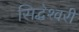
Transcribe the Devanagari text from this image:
सिद्धेश्‍वरी